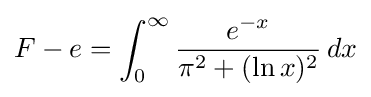
F-e=\int _{0}^{\infty }{\frac {e^{-x}}{\pi ^{2}+(\ln x)^{2}}}\,dx